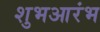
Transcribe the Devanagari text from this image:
शुभआरंभ